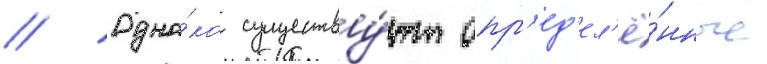
// Одна́ко существу́ют опр'ед'ел'ё́нные